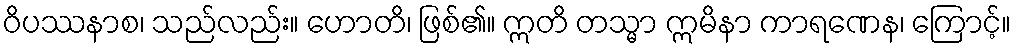
ဝိပဿနာစ၊ သည်လည်း။ ဟောတိ၊ ဖြစ်၏။ ဣတိ တသ္မာ ဣမိနာ ကာရဏေန၊ ကြောင့်။